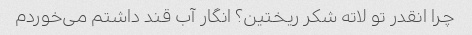
چرا انقدر تو لاته شکر ریختین؟ انگار آب قند داشتم می‌خوردم